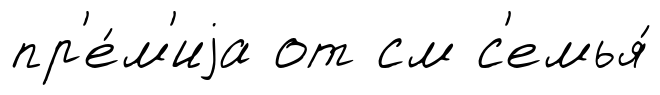
пр'е́м'иjа от см с'емья́